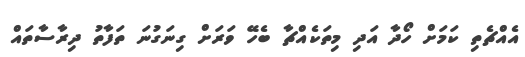
އެއްޗެތި ކަމަށް ހޯދާ އަދި މިތަކެއްޗާ ބެހޭ ވަރަށް ގިނަގުނަ ތަފާތު ދިރާސާތައް